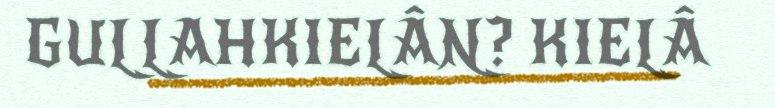
GULLAHKIELÂN? KIELÂ